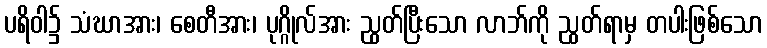
ပရိဝါ၌ သံဃာအား၊ စေတီအား၊ ပုဂ္ဂိုလ်အား ညွတ်ပြီးသော လာဘ်ကို ညွတ်ရာမှ တပါးဖြစ်သော